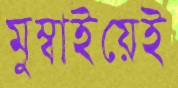
মুম্বাইয়েই